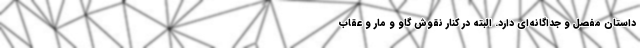
داستان مفصل و جداگانه‌ای دارد. البته در کنار نقوش گاو و مار و عقاب